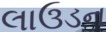
લાઉડન